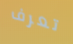
تعرف